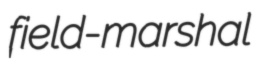
field-marshal